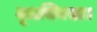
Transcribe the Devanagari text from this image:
मूलसिक्खा।